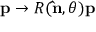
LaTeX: \mathbf { p } \rightarrow R ( \mathbf { \hat { n } } , \theta ) \mathbf { p }